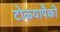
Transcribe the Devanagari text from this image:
टोळ्यापैकी